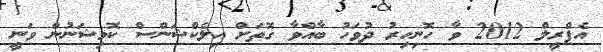
އެޕްރީލް 2012 ވާ ހޮނިހިރު ދުވަހު ބާއްވާ ގޮތަށް އިލެކްޝަންސް ކޮމިޝަނުން ވަނީ